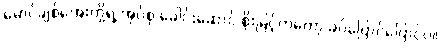
မောင်ချစ်အေးတို့ရဲ့ အုပ်စု ခေါင်းဆောင် စိုးမြင့်ကတော့ ခပ်ပြောင်ပြောင်ပဲ။